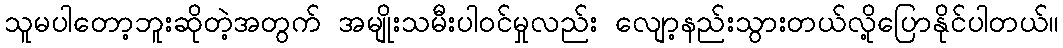
သူမပါတော့ဘူးဆိုတဲ့အတွက် အမျိုးသမီးပါဝင်မှုလည်း လျော့နည်းသွားတယ်လို့ပြောနိုင်ပါတယ်။